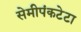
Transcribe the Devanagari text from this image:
सेमीपंकटेटा